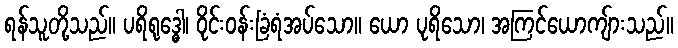
ရန်သူတို့သည်။ ပရိရုဒ္ဓေါ၊ ဝိုင်းဝန်းခြံရံအပ်သော။ ယော ပုရိသော၊ အကြင်ယောကျ်ားသည်။